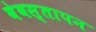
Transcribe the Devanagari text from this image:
वेवस्तापन